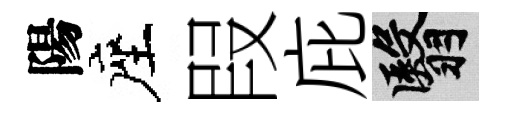
陽座叚庇翳